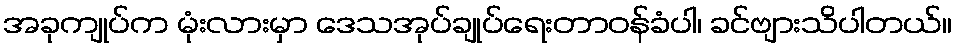
အခုကျုပ်က မုံးလားမှာ ဒေသအုပ်ချုပ်ရေးတာဝန်ခံပါ၊ ခင်ဗျားသိပါတယ်။